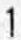
1